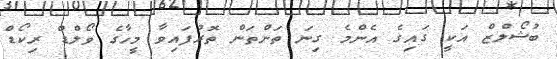
ބުޝޯލްޒް އަކީ ގައިގެ އެންމެ ގިނަ ތަންތަން ތޮރުފައިވާ މީހާގެ ވޯލްޑް ރިކޯޑް